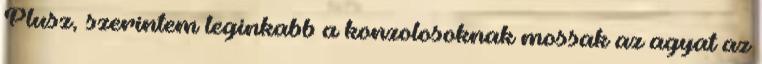
Plusz, szerintem leginkabb a konzolosoknak mossak az agyat az